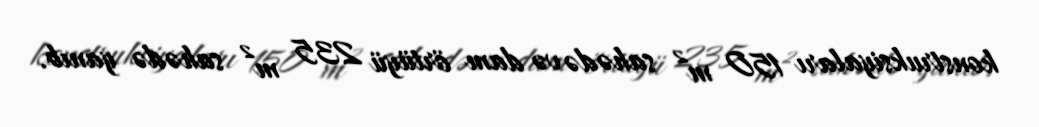
konstruksiyaları 150 m² sahədə və dam örtüyü 235 m² sahədə yanıb.